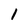
Character: 1